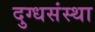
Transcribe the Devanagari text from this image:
दुग्धसंस्था